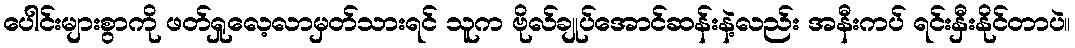
ပေါင်းများစွာကို ဖတ်ရှုလေ့လာမှတ်သားရင် သူက ဗိုလ်ချုပ်အောင်ဆန်းနဲ့လည်း အနီးကပ် ရင်းနှီးနိုင်တာပဲ။